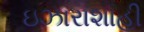
ઇઝારાશાહી